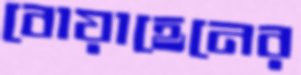
বোয়াহেনের